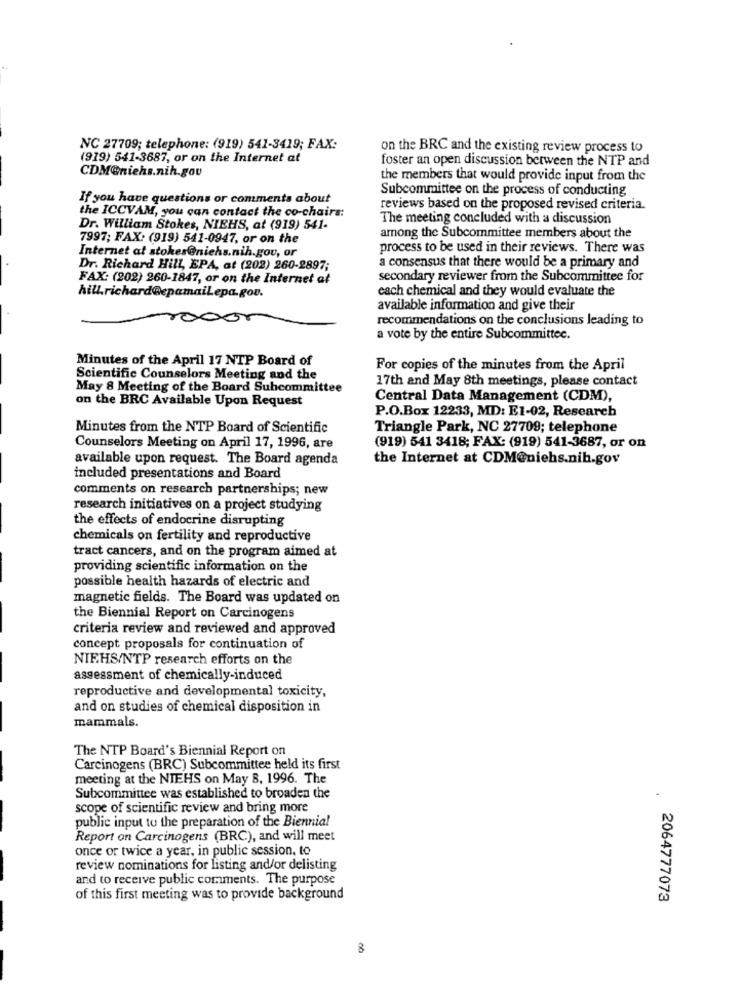
NC 27709; telephone: (919) 541-3419; FAX:
on the BRC and the existing review process to
(919) 541-3687, or on the Internet at
foster an open discussion between the NTP and
CDM@niehs.nih.gov
the members that would provide input from the
Subcommittee on the process of conducting
If you have questions or comments about
the ICCVAM, you can contact the co-chairs:
reviews based on the proposed revised criteria.
The meeting concluded with a discussion
Dr. William Stokes, NIEHS, at (919) 541-
7997; FAX: (919) 541-0947, or on the
among the Subcommittee members about the
Internet at stokes@nichs.nih.gov, or
process to be used in their reviews. There was
a consensus that there would be a primary and
Dr. Richard Hill, EPA, at (202) 260-2897;
FAX: (202) 260-1847, or on the Internet af
secondary reviewer from the Subcommittee for
each chemical and they would evaluate the
hill.richard@cpamailepa.gov.
available information and give their
recommendations on the conclusions leading to
a vote by the entire Subcommittee.
Minutes of the April 17 NTP Board of
For copies of the minutes from the April
Scientific Counselors Meeting and the
17th and May 8th meetings, please contact
May 8 Meeting of the Board Subcommittee
on the BRC Available Upon Request
Central Data Management (CDM),
P.O.Box 12233, MD: E1-02, Research
Minutes from the NTP Board of Scientific
Triangle Park, NC 27709; telephone
Counselors Meeting on April 17, 1996, are
(919) 541 3418; FAX: (919) 541-3687, or on
available upon request. The Board agenda
the Internet at CDM@niehs.nih.gov
included presentations and Board
comments on research partnerships; new
research initiatives on a project studying
the effects of endocrine disrupting
chemicals on fertility and reproductive
tract cancers, and on the program aimed at
providing scientific information on the
possible health hazards of electric and
magnetic fields. The Board was updated on
the Biennial Report on Carcinogens
criteria review and reviewed and approved
concept proposals for continuation of
NIEHS/NTP research efforts on the
assessment of chemically-induced
reproductive and developmental toxicity,
and on studies of chemical disposition in
mammals.
The NTP Board's Biennial Report on
Carcinogens (BRC) Subcommittee held its first
meeting at the NIEHS on May 8, 1996. The
Subcommittee was established to broaden the
scope of scientific review and bring more
public input to the preparation of the Biennial
Report on Carcinogens (BRC), and will meet
once or twice a year, in public session, to
review nominations for listing and/or delisting
and to receive public comments. The purpose
of this first meeting was to provide background
2064777073